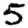
Digit: 5